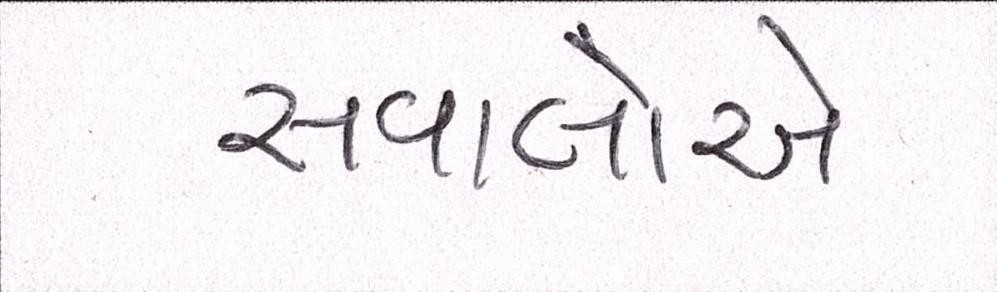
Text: સવાલોએ